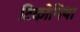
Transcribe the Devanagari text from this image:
टिकोपिया